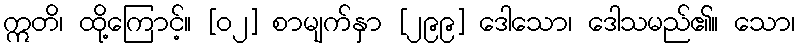
ဣတိ၊ ထို့ကြောင့်။ [၀၂] စာမျက်နှာ [၂၉၉] ဒေါသော၊ ဒေါသမည်၏။ သော၊